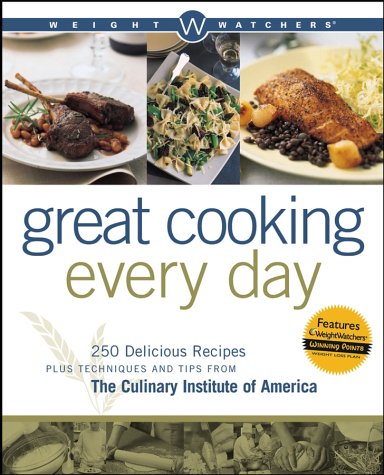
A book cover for Weight Watchers Great Cooking Every Day: 250 Delicious Recipes Plus Techniques and Tips from The Culinary Institute of America (Weight Watchers Cooking); Weight Watchers; Health, Fitness & Dieting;